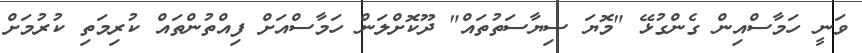
ވަނީ ހަމާސްއިން ގެންގުޅޭ "މޮޔަ ސިޔާސަތުތައް" ދޫކޮށްލަން ހަމާސްއަށް ފިއްތުންތައް ކުރިމަތި ކުރުމަށް